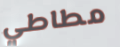
مطاطي